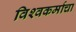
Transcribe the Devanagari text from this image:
विश्‍वकर्माचा